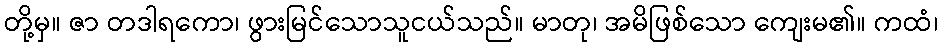
တို့မှ။ ဇာ တဒါရကော၊ ဖွားမြင်သောသူငယ်သည်။ မာတု၊ အမိဖြစ်သော ကျေးမ၏။ ကထံ၊